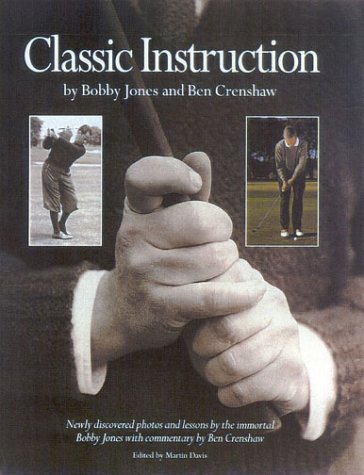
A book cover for Classic Instruction; Robert T Jones; Sports & Outdoors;